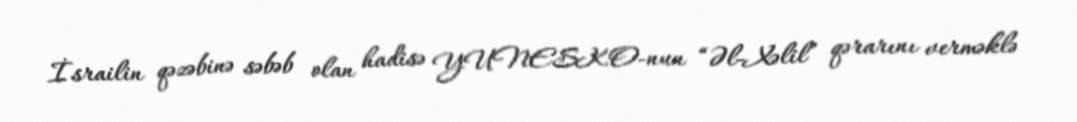
İsrailin qəzəbinə səbəb olan hadisə YUNESKO-nun “Əl-Xəlil” qərarını verməklə